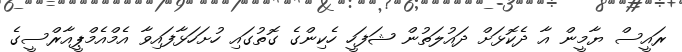
ރައީސް ޔާމީން އާ ދެކޮޅަށް ދައުލަތުން ޝަފަހީ ހެކިންގެ ގޮތުގައި ހުށަހަޅާފައިވާ އެމްއެމްޕީއާރްސީގެ